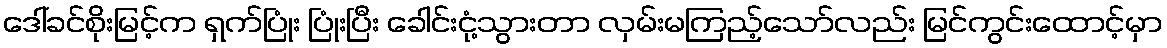
ဒေါ်ခင်စိုးမြင့်က ရှက်ပြုံး ပြုံးပြီး ခေါင်းငုံ့သွားတာ လှမ်းမကြည့်သော်လည်း မြင်ကွင်းထောင့်မှာ